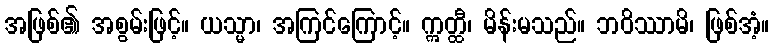
အဖြစ်၏ အစွမ်းဖြင့်။ ယသ္မာ၊ အကြင်ကြောင့်။ ဣတ္ထီ၊ မိန်းမသည်။ ဘဝိဿာမိ၊ ဖြစ်အံ့။